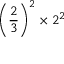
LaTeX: \left( { \frac { 2 } { 3 } } \right) ^ { 2 } \times 2 ^ { 2 }